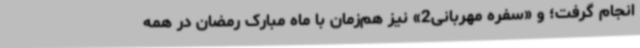
انجام گرفت؛ و «سفره مهربانی2» نیز هم‌زمان با ماه مبارک رمضان در همه